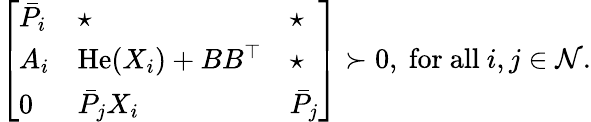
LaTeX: \left[\begin{array}{l}{\begin{array}{lll}{\bar{P}_{i}}&{\star}&{\star}\\ {A_{i}}&{\operatorname{He}(X_{i})+BB^{\top}}&{\star}\\ {0}&{\bar{P}_{j}X_{i}}&{\bar{P}_{j}}\end{array}}\end{array}\right]\succ 0,\mathrm{~for~all~}i,j\in\mathcal{N}.